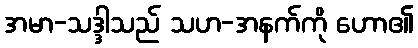
အမာ-သဒ္ဒါသည် သဟ-အနက်ကို ဟော၏